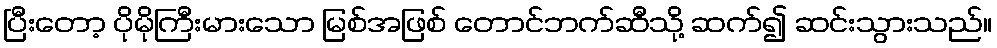
ပြီးတော့ ပိုမိုကြီးမားသော မြစ်အဖြစ် တောင်ဘက်ဆီသို့ ဆက်၍ ဆင်းသွားသည်။